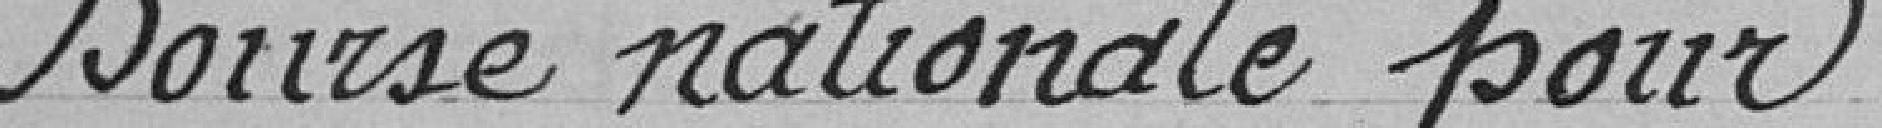
Bourse nationale pour